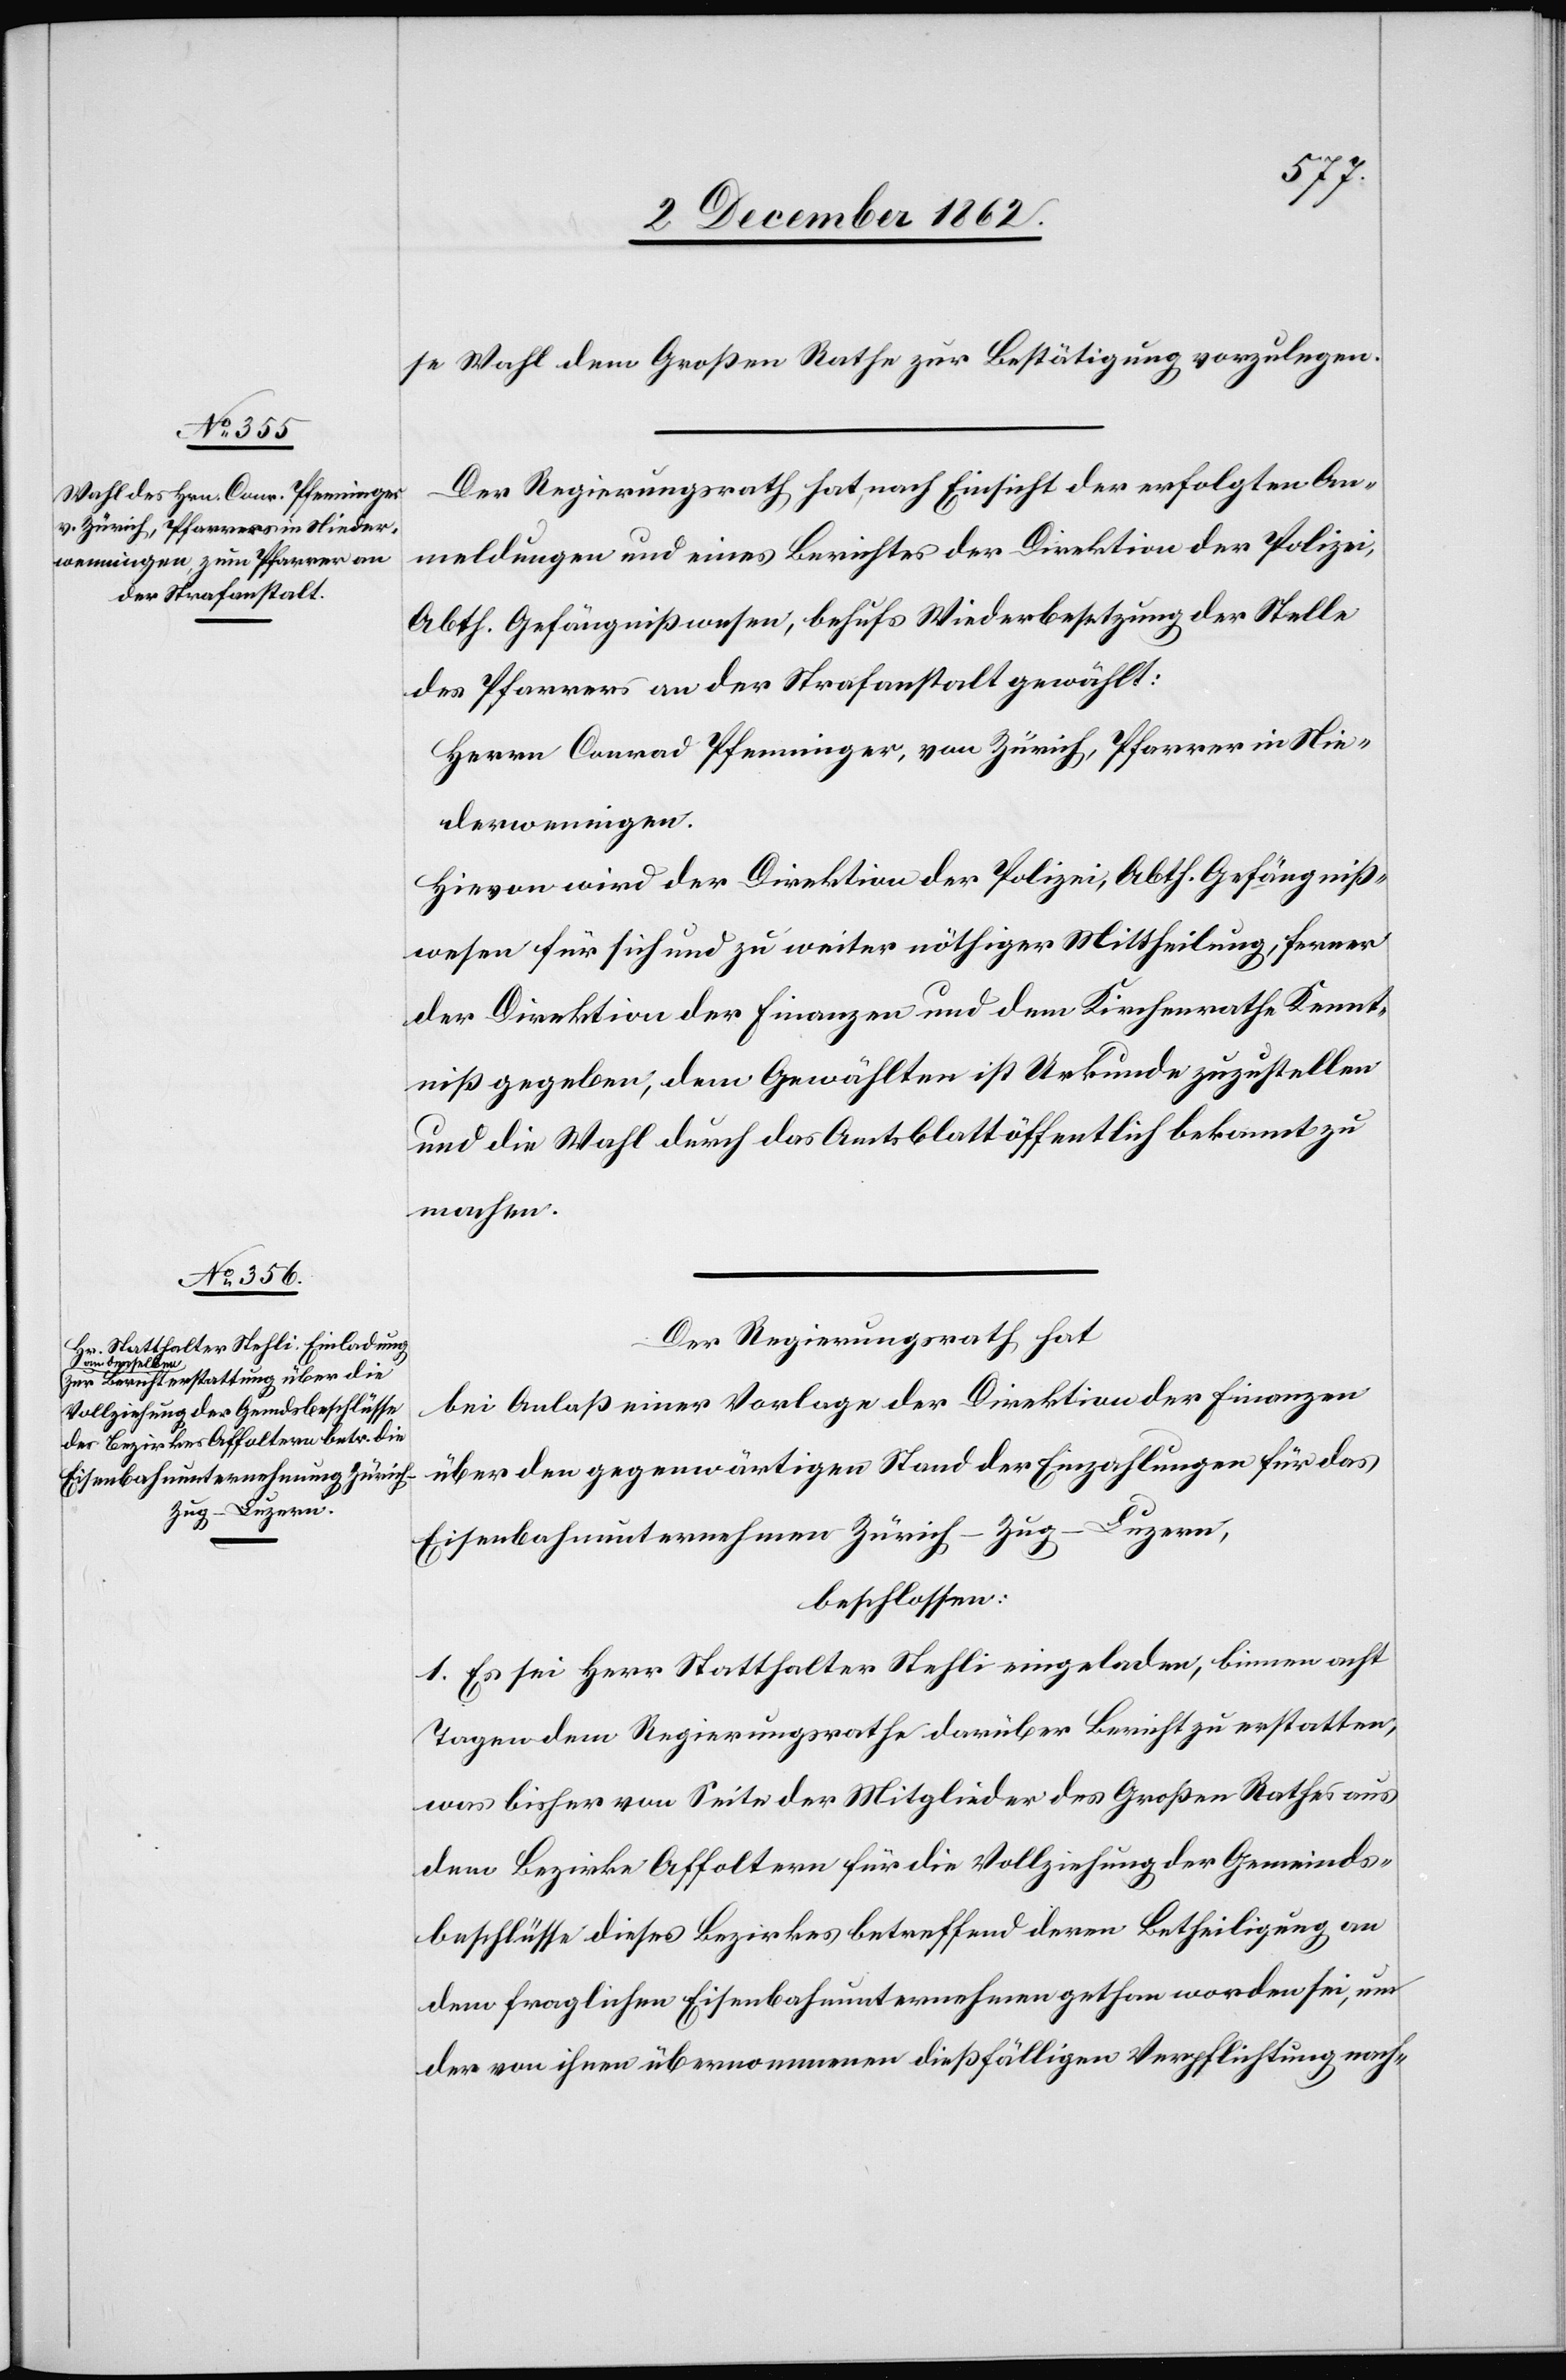
se Wahl dem Großen Rath zur Bestätigung vorzulegen.
Der Regierungsrath hat, nach Einsicht der erfolgten An¬
meldungen und eines Berichtes der Direktion der Polizei,
Abth. Gefängnißwesen, behufs Wiederbesetzung der Stelle
des Pfarrers an der Strafanstalt gewählt:
Herrn Conrad Pfenninger, von Zürich, Pfarrer in Nie¬
derweningen.
Hievon wird der Direktion der Polizei, Abth. Gefängniß¬
wesen für sich und zu weiter nöthiger Mittheilung, ferner
der Direktion der Finanzen und dem Kirchenrathe Kennt¬
niß gegeben, dem Gewählten ist Urkunde zuzustellen
und die Wahl durch das Amtsblatt öffentlich bekannt zu
machen.
Der Regierungsrath hat
bei Anlaß einer Vorlage der Direktion der Finanzen
über den gegenwärtigen Stand der Einzahlungen für das
Eisenbahnunternehmen Zürich–Zug–Luzern,
beschlossen:
1. Es sei Herr Statthalter Stehli eingeladen, binnen acht
Tagen dem Regierungsrathe darüber Bericht zu erstatten,
was bisher von Seite der Mitglieder des Großen Rathes aus
dem Bezirke Affoltern für die Vollziehung der Gemeinds¬
beschlüsse dieses Bezirkes betreffend deren Betheiligung an
dem fraglichen Eisenbahnunternehmen gethan worden sei, um
der von ihnen übernommenen dießfälligen Verpflichtung nach-